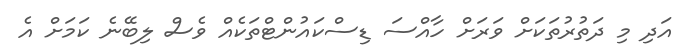
އަދި މި ދަތުރުތަކަށް ވަރަށް ހާއްސަ ޑިސްކައުންޓްތަކެއް ވެސް ލިބޭނެ ކަމަށް އެ